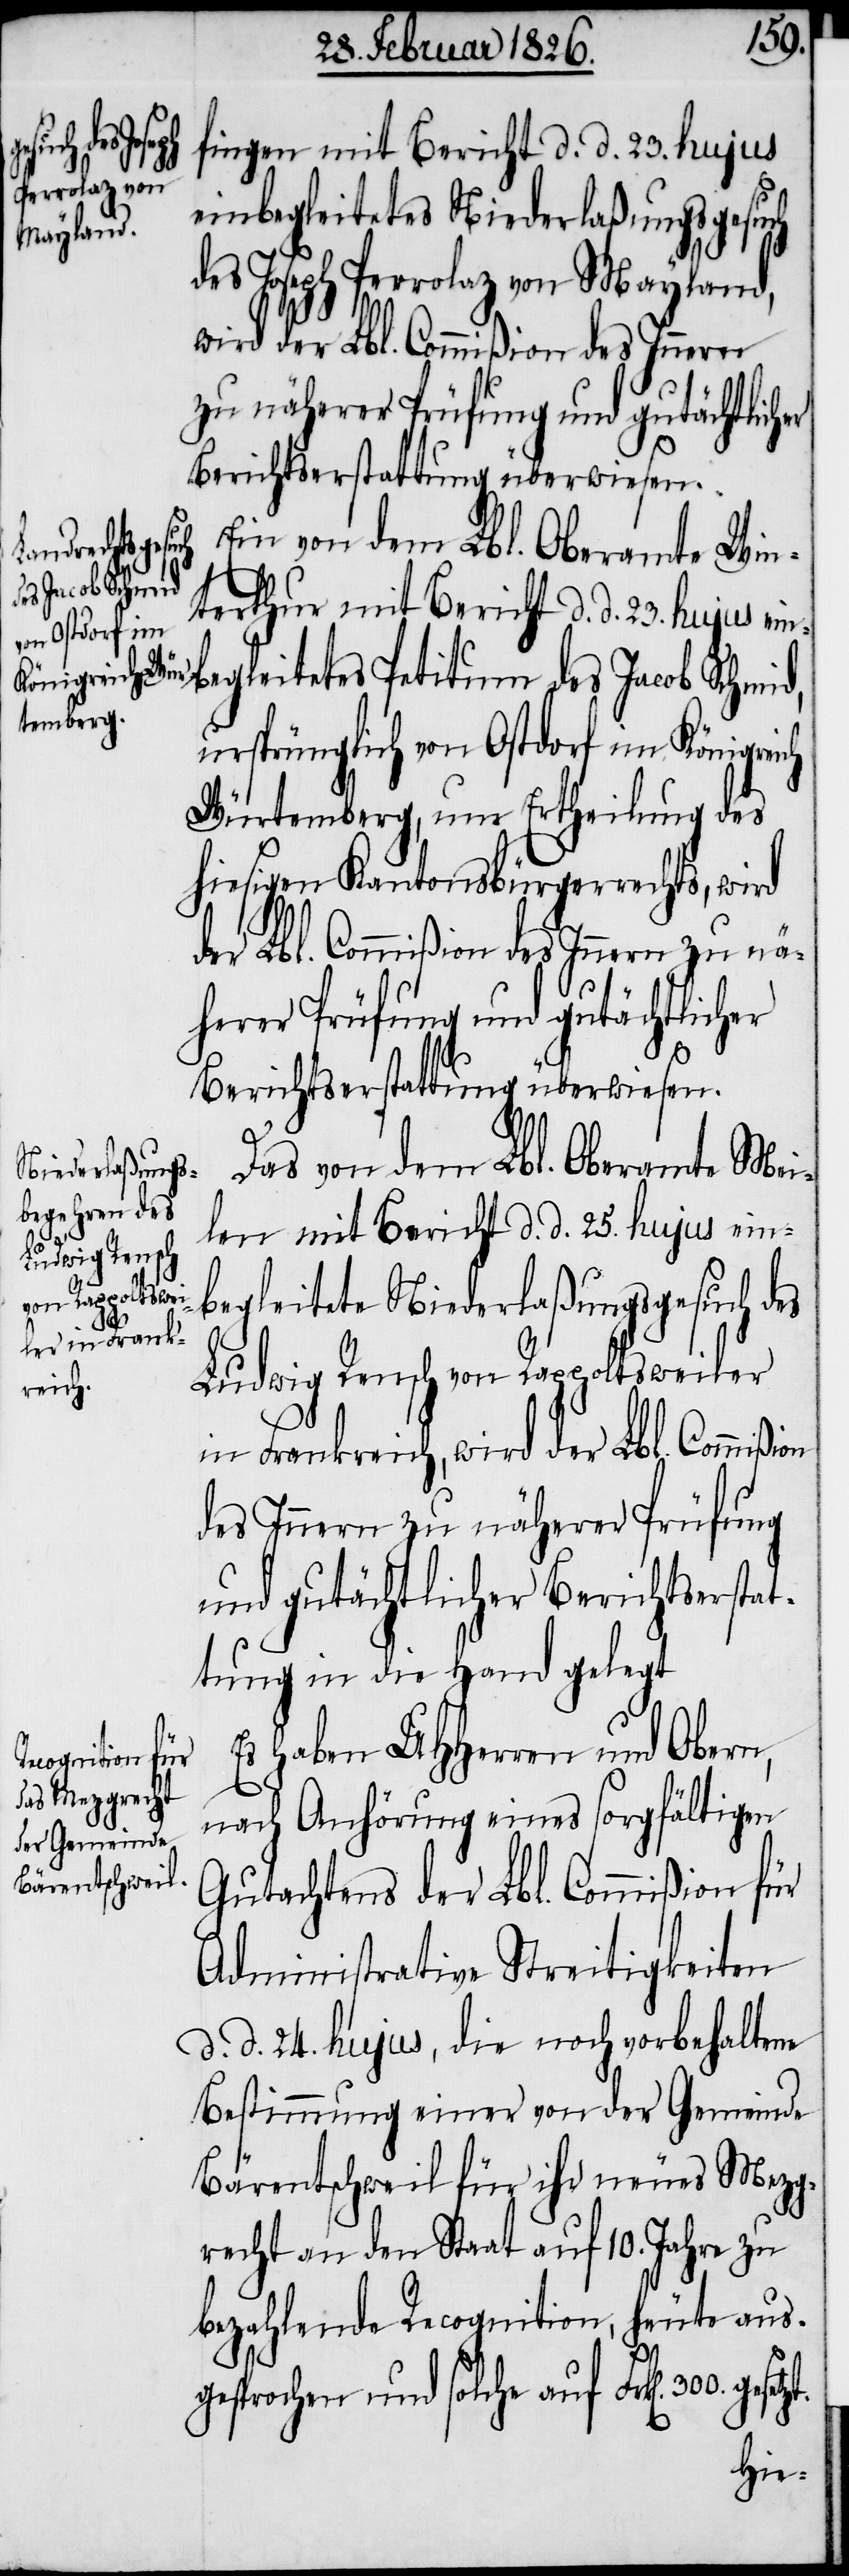
fingen mit Bericht d. d. 23. hujus
einbegleitetes Niederlaßungsgesuch
des Joseph Perrolaz von Mayland,
wird der Lbl. Commißion des Innern
zu näherer Prüfung und gutächtlicher
Berichtserstattung überwiesen.
Ein von dem Lbl. Oberamte Win¬
terthur mit Bericht d. d. 23. hujus e¬
inbegleitetes Petitum des Jacob Schmid,
ursprünglich von Ostdorf im Königreich
Würtemberg, um Ertheilung des
hiesigen Kantonsbürgerrechts, wird
der Lbl. Commißion des Innern zu nä¬
herer Prüfung und gutächtlicher
Berichtserstattung überwiesen.
Das von dem Lbl. Oberamt Mei¬
len mit Bericht d. d. 25. hujus ein¬
begleitete Niederlaßungsgesuch des
Ludwig Rensch von Rappoltsweiler
in Frankreich, wird der Lbl. Commißion
des Innern zu näherer Prüfung
und gutächtlicher Berichtserstat¬
tung in die Hand gelegt.
Es haben UHHerren und Obern
nach Anhörung eines sorgfältigen
Gutachtens der Lbl. Commißion für
Administrative Streitigkeiten
d. d. 24. hujus, die noch vorbehaltene
Bestimmung einer von der Gemeinde
Bärentschweil für ihr neues Mezg¬
recht an den Staat auf 10. Jahre zu
bezahlende Recognition, heute aus¬
gesprochen und solche auf Frk[en].